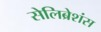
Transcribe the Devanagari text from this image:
सेलिब्रेशंस